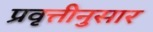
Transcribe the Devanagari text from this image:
प्रवृत्तीनुसार